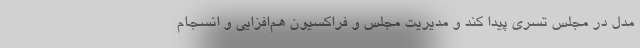
مدل در مجلس تسری پیدا کند و مدیریت مجلس و فراکسیون هم‌افزایی و انسجام